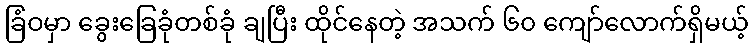
ခြံဝမှာ ခွေးခြေခုံတစ်ခုံ ချပြီး ထိုင်နေတဲ့ အသက် ၆၀ ကျော်လောက်ရှိမယ့်